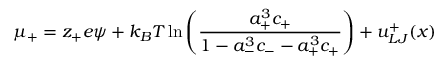
\mu _ { + } = z _ { + } e \psi + k _ { B } T \ln \left( { \frac { a _ { + } ^ { 3 } c _ { + } } { 1 - a _ { - } ^ { 3 } c _ { - } - a _ { + } ^ { 3 } c _ { + } } } \right) + u _ { L J } ^ { + } ( x )